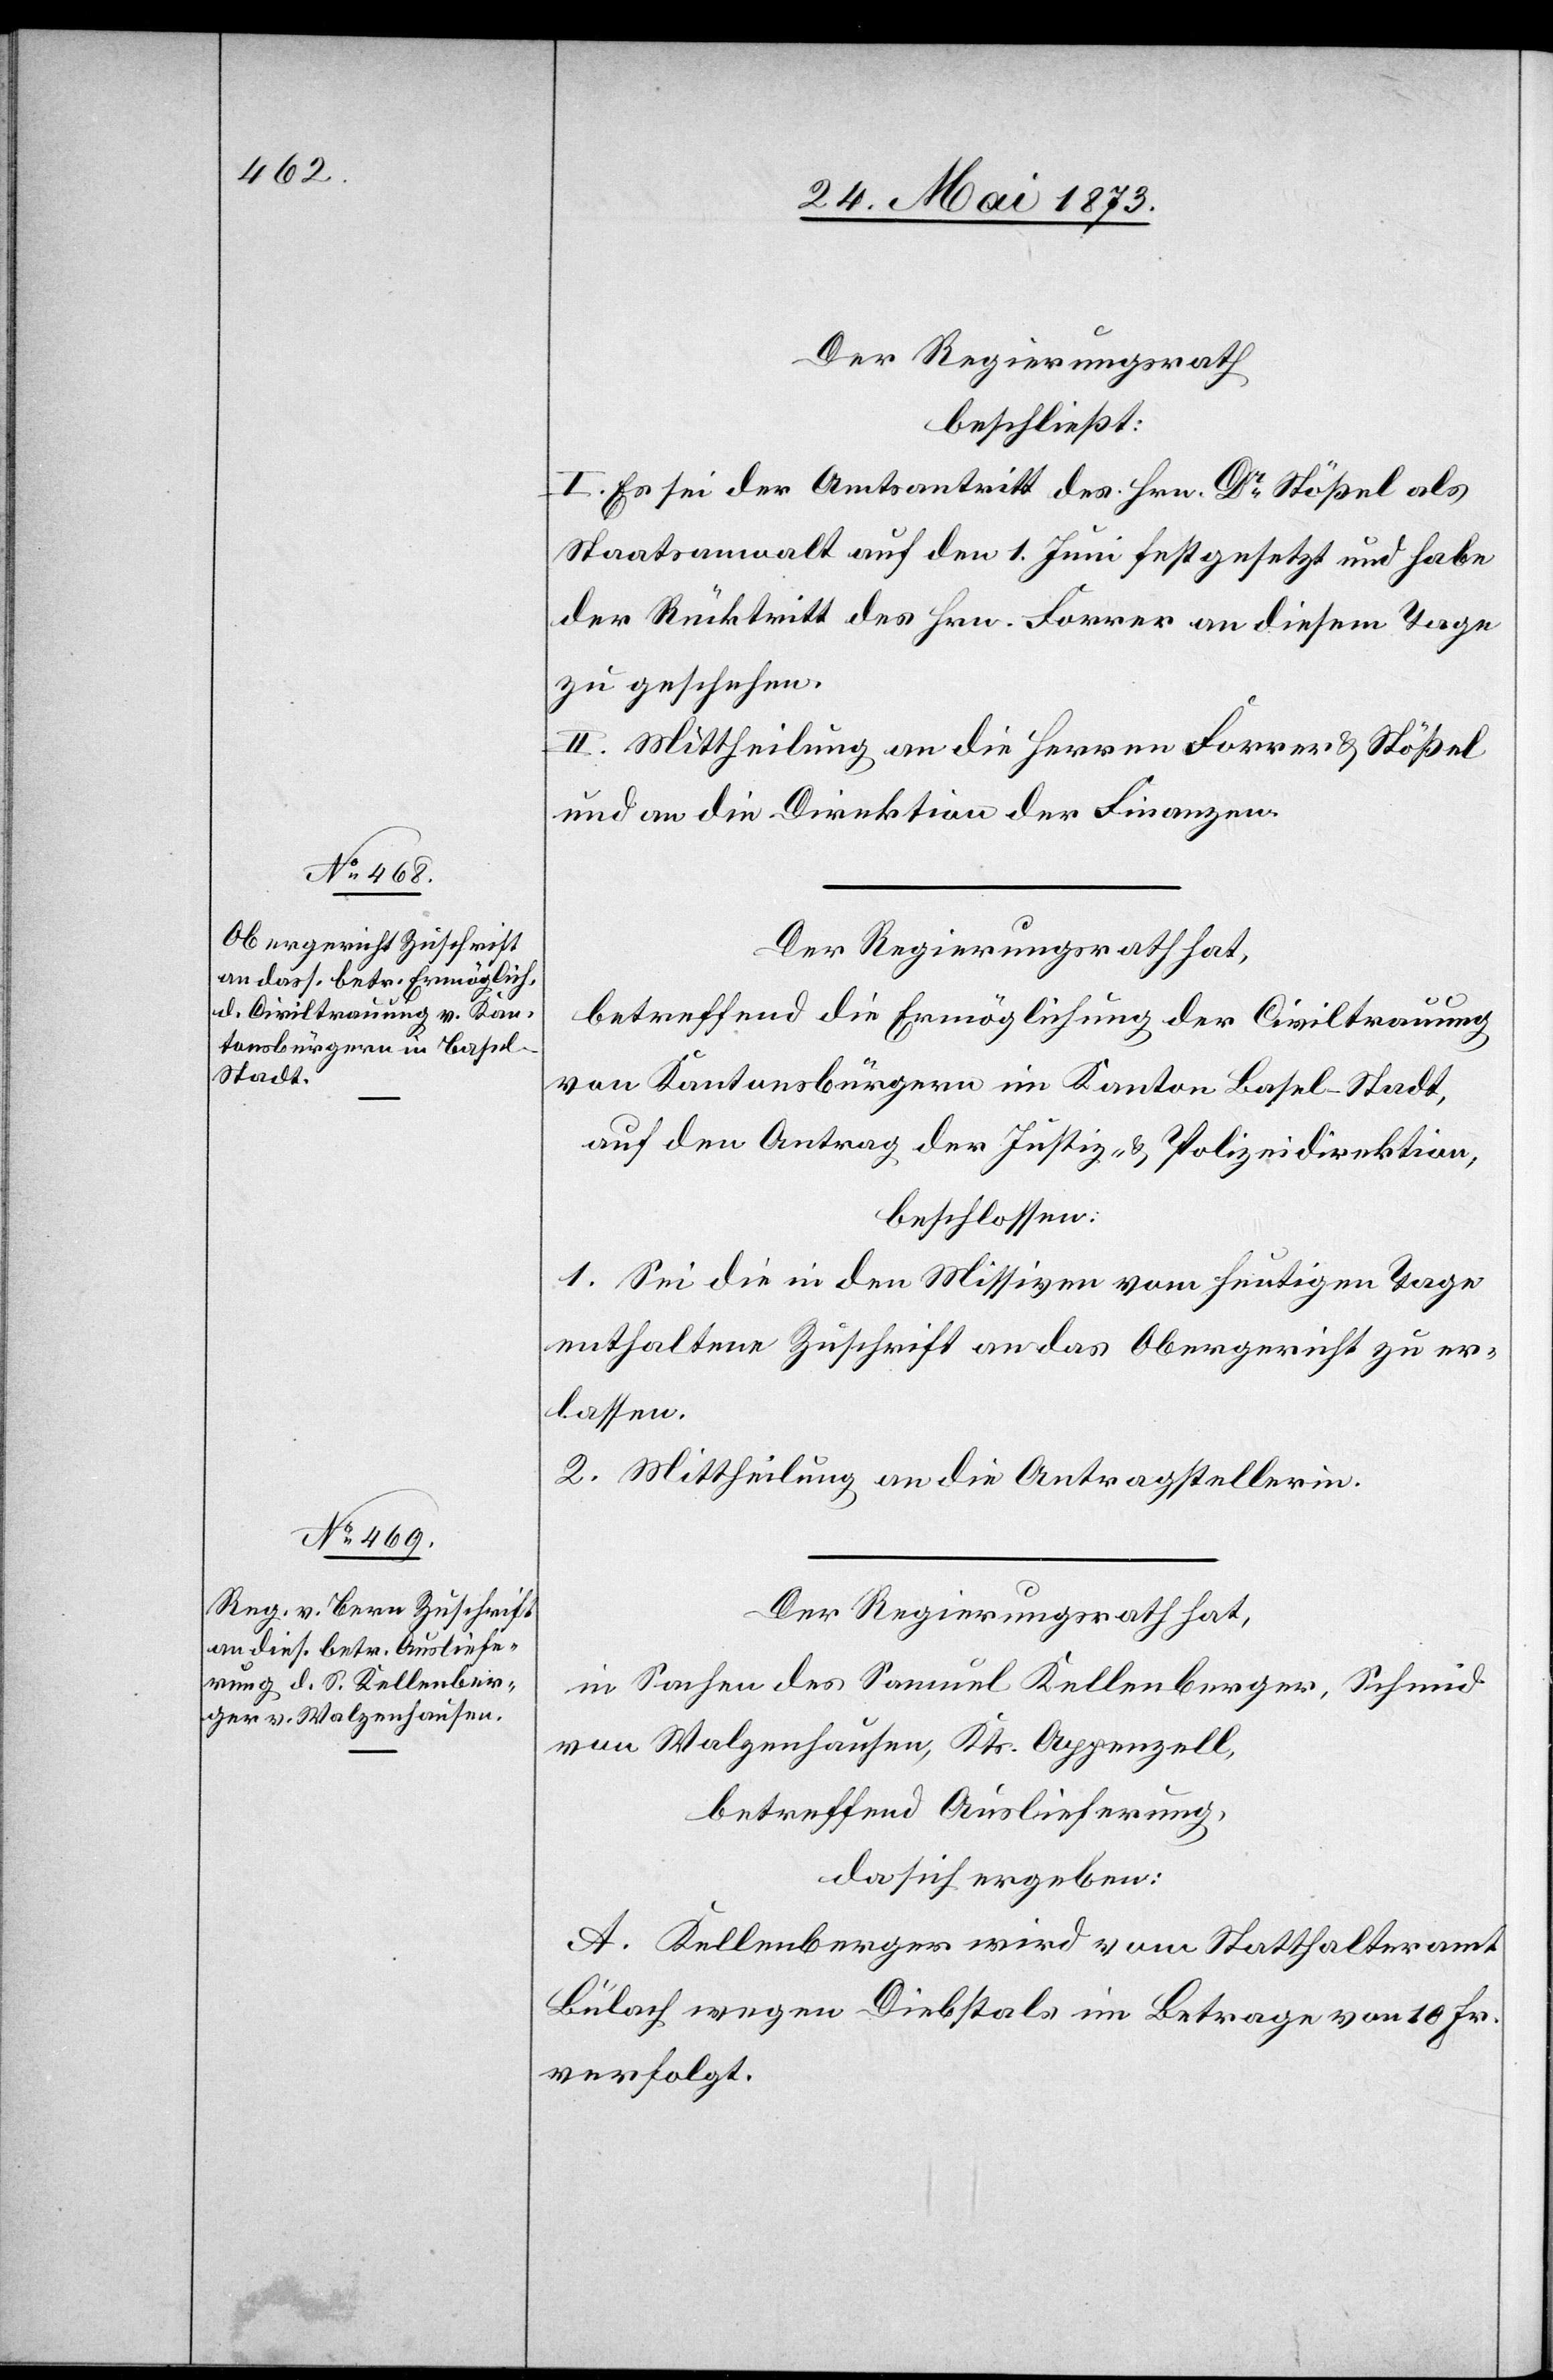
Der Regierungsrath
beschließt:
I. Es sei der Amtsantritt des Hrn. Dr Stößel als
Staatsanwalt auf den 1. Juni festgesetzt und habe
der Rücktritt des Hrn. Forrer an diesem Tage
zu geschehen.
II. Mittheilung an die Herren Forrer & Stößel
und an die Direktion der Finanzen.
Der Regierungsrath hat,
betreffend die Ermöglichung der Civiltrauung
von Kantonsbürgern im Kanton Basel-Stadt,
auf den Antrag der Justiz- & Polizeidirektion,
beschlossen:
1. Sei die in den Missiven vom heutigen Tage
enthaltene Zuschrift an das Obergericht zu er¬
lassen.
2. Mittheilung an die Antragstellerin.
Der Regierungsrath hat,
in Sachen des Samuel Kellenberger, Schmid
von Walzenhausen, Kts. Appenzell,
betreffend Auslieferung,
da sich ergeben:
A. Kellenberger wird vom Statthalteramt
Bülach wegen Diebstals im Betrage von 10 Fr.
verfolgt.